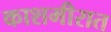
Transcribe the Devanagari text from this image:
काशमीरात